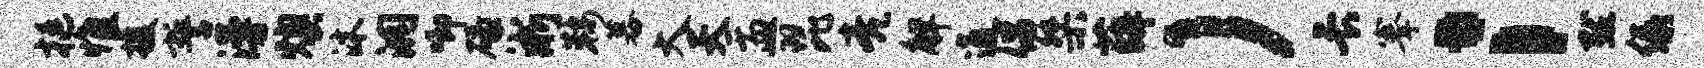
挺惟援誓漫燠沐洞唧碌淅鞍暮大天盂琵亮解通倡桀薛）长搴；默绿